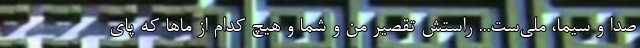
صدا و سیما، ملی‌ست... راستش تقصیر من و شما و هیچ کدام از ماها که پای